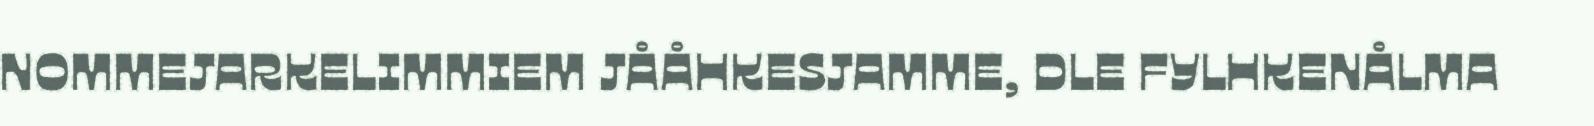
NOMMEJARKELIMMIEM JÅÅHKESJAMME, DLE FYLHKENÅLMA